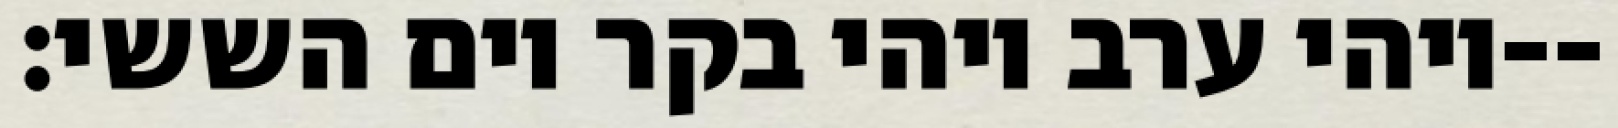
ויהי ערב ויהי בקר יום הששי׃--